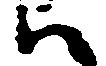
ハ